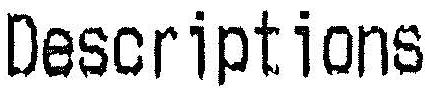
DESCRIPTIONS